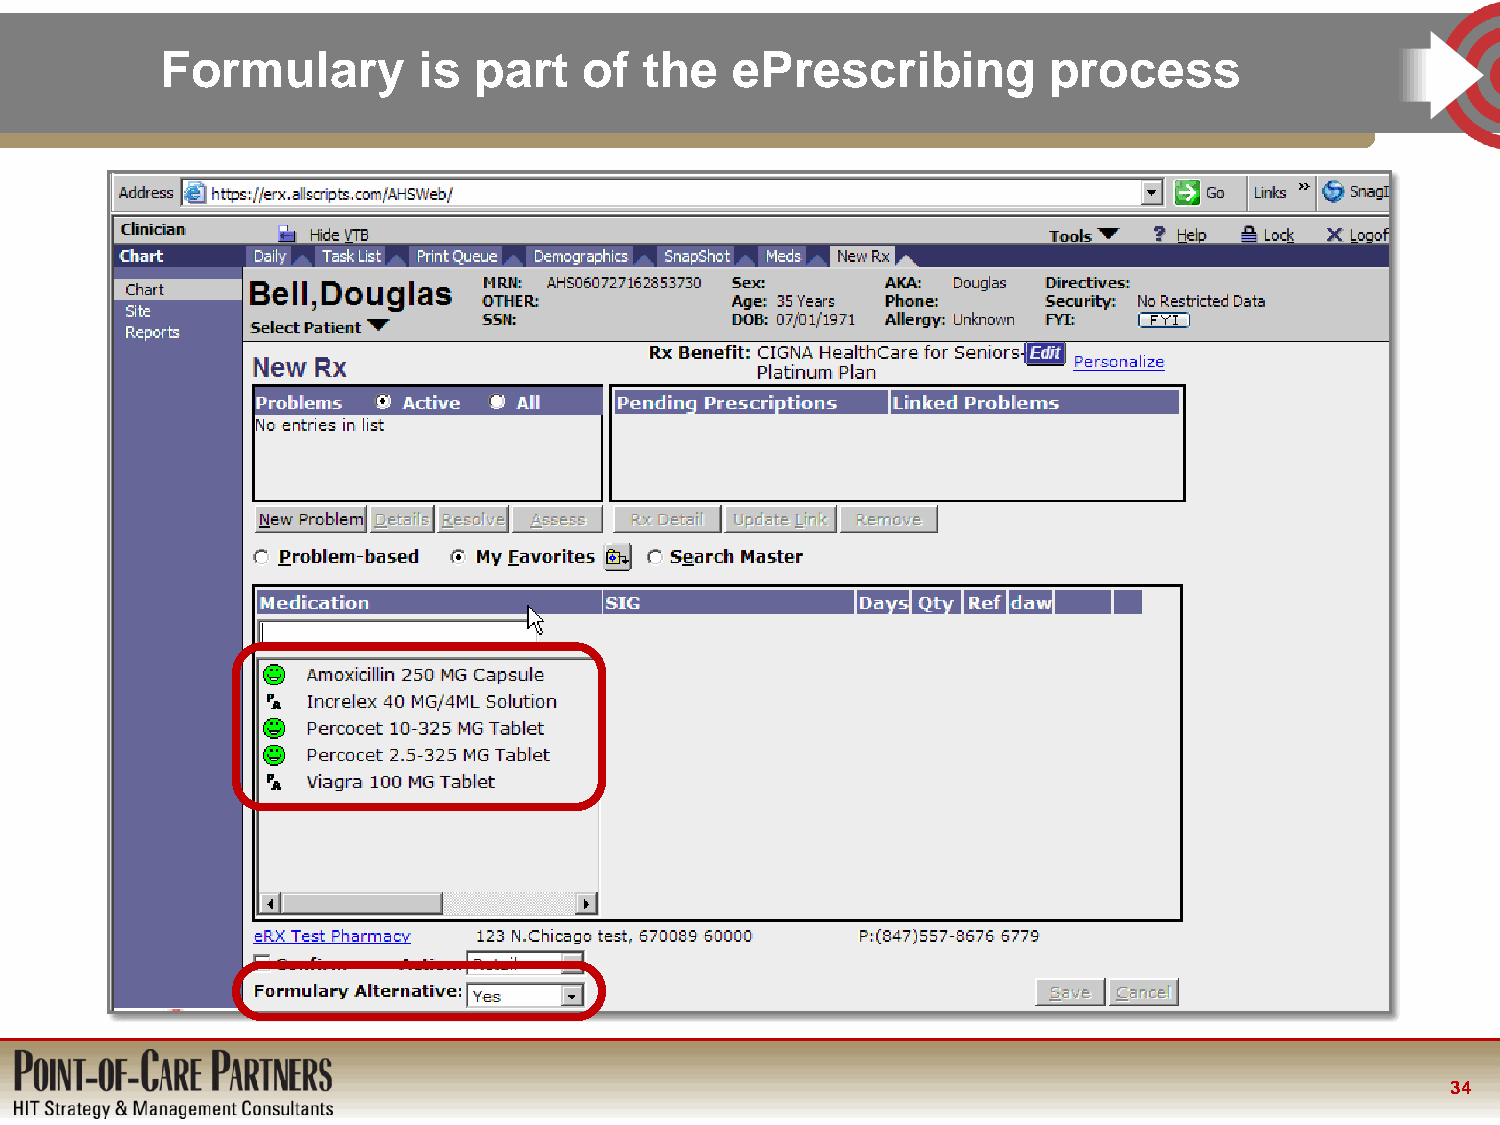
Formulary        is part    of  the  ePrescribing         process
 34